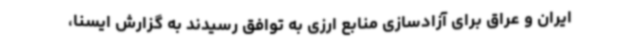
ایران و عراق برای آزادسازی منابع ارزی به توافق رسیدند به گزارش ایسنا،